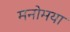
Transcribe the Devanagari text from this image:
मनोमया